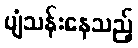
ပျံသန်းနေသည့်